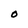
Character: O